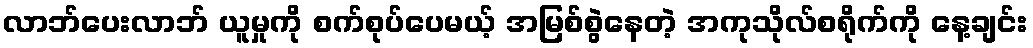
လာဘ်ပေးလာဘ် ယူမှုကို စက်စုပ်ပေမယ့် အမြစ်စွဲနေတဲ့ အကုသိုလ်စရိုက်ကို နေ့ချင်း